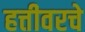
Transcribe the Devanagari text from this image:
हत्तीवरचे